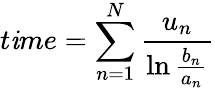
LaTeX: t\mathit{i}me=\sum_{n=1}^{N}{\frac{{u_{n}}}{{\ln{\frac{{b_{n}}}{{a_{n}}}}}}}